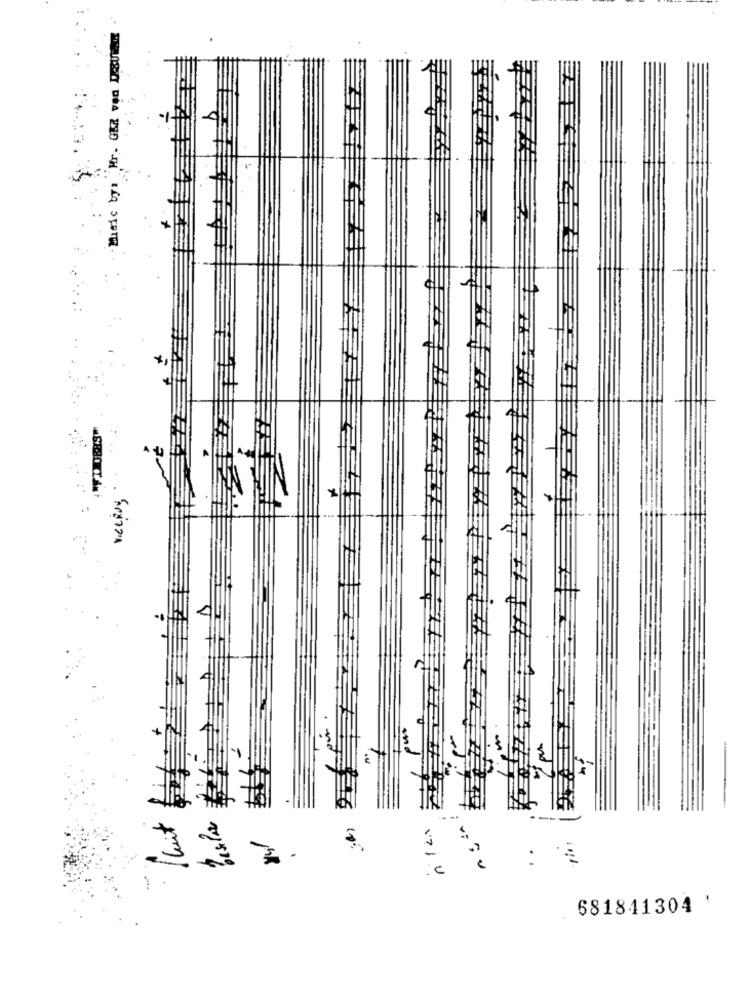
Music bys Mr. GER ven D.SUA4
VICEROY
..
681811304 '